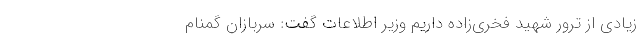
زیادی از ترور شهید فخری‌زاده داریم وزیر اطلاعات گفت: سربازان گمنام